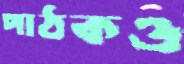
পাঠকও